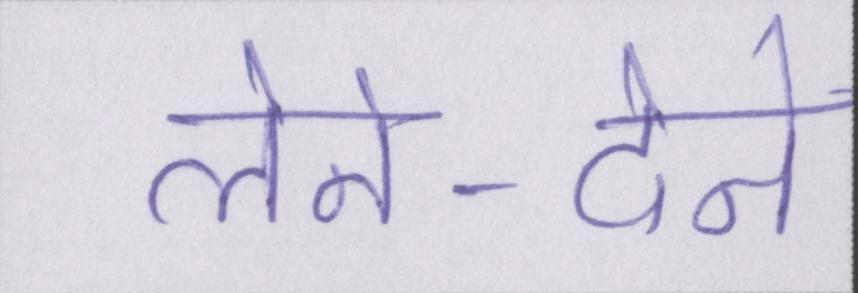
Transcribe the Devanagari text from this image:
लेने-देने